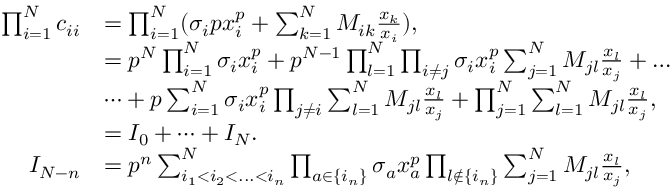
\begin{array} { r l } { \prod _ { i = 1 } ^ { N } c _ { i i } } & { = \prod _ { i = 1 } ^ { N } ( \sigma _ { i } p x _ { i } ^ { p } + \sum _ { k = 1 } ^ { N } M _ { i k } \frac { x _ { k } } { x _ { i } } ) , } \\ & { = p ^ { N } \prod _ { i = 1 } ^ { N } \sigma _ { i } x _ { i } ^ { p } + p ^ { N - 1 } \prod _ { l = 1 } ^ { N } \prod _ { i \neq j } \sigma _ { i } x _ { i } ^ { p } \sum _ { j = 1 } ^ { N } M _ { j l } \frac { x _ { l } } { x _ { j } } + \dots } \\ & { \dots + p \sum _ { i = 1 } ^ { N } \sigma _ { i } x _ { i } ^ { p } \prod _ { j \neq i } \sum _ { l = 1 } ^ { N } M _ { j l } \frac { x _ { l } } { x _ { j } } + \prod _ { j = 1 } ^ { N } \sum _ { l = 1 } ^ { N } M _ { j l } \frac { x _ { l } } { x _ { j } } , } \\ & { = I _ { 0 } + \dots + I _ { N } . } \\ { I _ { N - n } } & { = p ^ { n } \sum _ { i _ { 1 } < i _ { 2 } < . . . < i _ { n } } ^ { N } \prod _ { a \in \{ i _ { n } \} } \sigma _ { a } x _ { a } ^ { p } \prod _ { l \not \in \{ i _ { n } \} } \sum _ { j = 1 } ^ { N } M _ { j l } \frac { x _ { l } } { x _ { j } } , } \end{array}